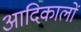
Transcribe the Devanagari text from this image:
आदिकालों